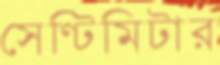
সেণ্টিমিটার